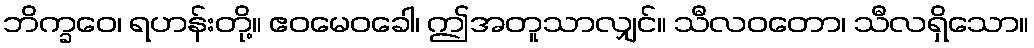
ဘိက္ခဝေ၊ ရဟန်းတို့။ ဧဝမေဝခေါ၊ ဤအတူသာလျှင်။ သီလဝတော၊ သီလရှိသော။